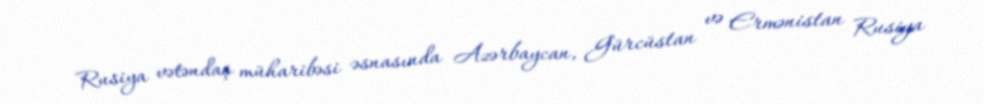
Rusiya vətəndaş müharibəsi əsnasında Azərbaycan, Gürcüstan və Ermənistan Rusiya